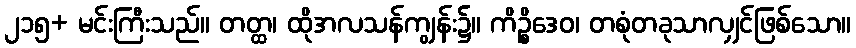
၂၁၅+ မင်းကြီးသည်။ တတ္ထ၊ ထိုအလသန်ကျွန်း၌။ ကိဉ္စိဒေဝ၊ တစုံတခုသာလျှင်ဖြစ်သော။